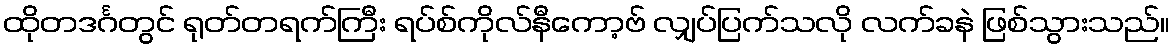
ထိုတဒင်္ဂတွင် ရုတ်တရက်ကြီး ရပ်စ်ကိုလ်နီကော့ဗ် လျှပ်ပြက်သလို လက်ခနဲ ဖြစ်သွားသည်။